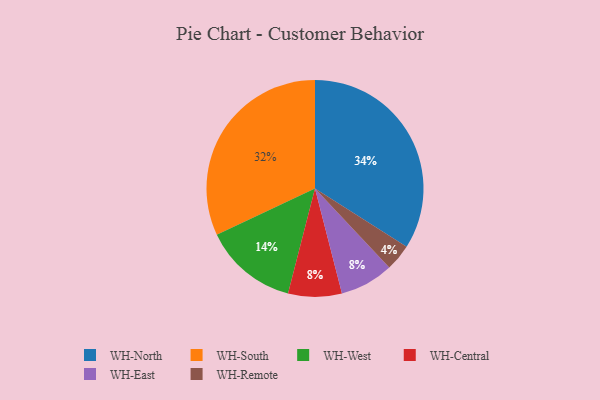
{"axis": {"x": "Category", "y": "Percentage"}, "legend": ["WH-Central", "WH-East", "WH-North", "WH-Remote", "WH-South", "WH-West"], "data": [{"x": "WH-Remote", "y": 4, "type": "WH-Remote"}, {"x": "WH-Central", "y": 8, "type": "WH-Central"}, {"x": "WH-North", "y": 34, "type": "WH-North"}, {"x": "WH-West", "y": 14, "type": "WH-West"}, {"x": "WH-East", "y": 8, "type": "WH-East"}, {"x": "WH-South", "y": 32, "type": "WH-South"}]}